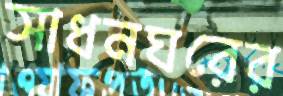
সাধনঘরের